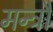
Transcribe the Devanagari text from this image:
मन्त्रौं